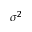
\sigma ^ { 2 }